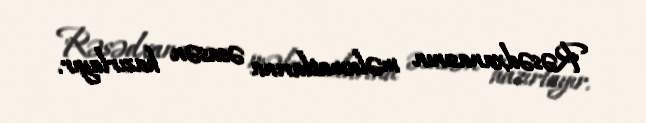
Rəsədxanasının məlumatlarına əsasən hazırlayır.